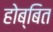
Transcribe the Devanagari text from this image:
होब्बित